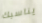
يناسبك